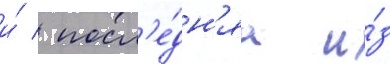
и́ / посл'е́дн'яа и́з